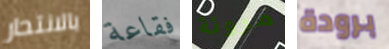
بالانتحار فقاعة مرونة برودة